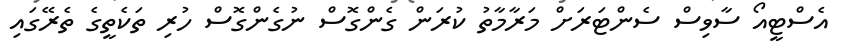
އެސްޓީއޯ ސާވިސް ސެންޓަރަށް މަރާމާތު ކުރަން ގެންގޮސް ނުގެންގޮސް ހުރި ތަކެތީގެ ތެރޭގައި